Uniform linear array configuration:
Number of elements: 64
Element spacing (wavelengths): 1
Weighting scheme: binomial
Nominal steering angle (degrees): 60
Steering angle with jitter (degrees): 58.976
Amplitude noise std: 0.05
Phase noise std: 0.05

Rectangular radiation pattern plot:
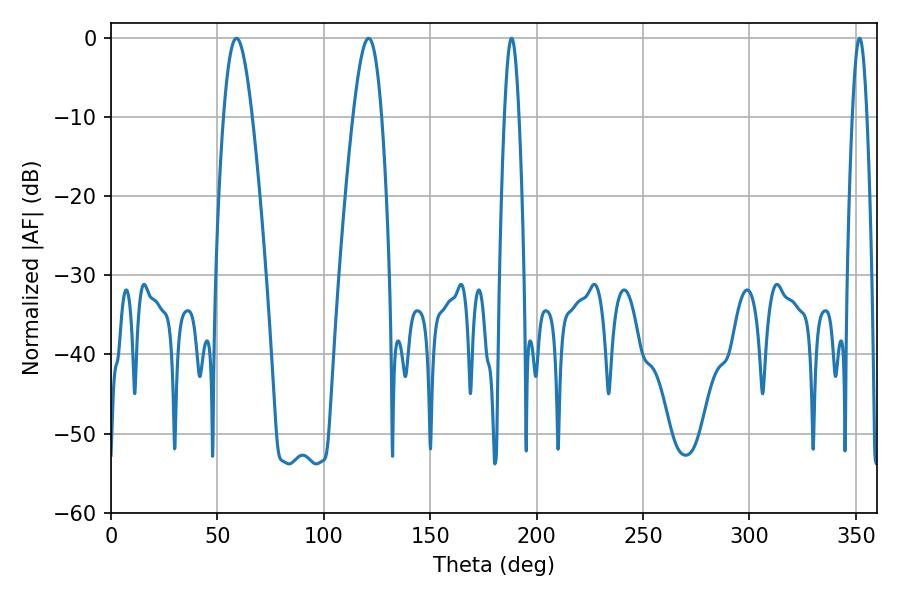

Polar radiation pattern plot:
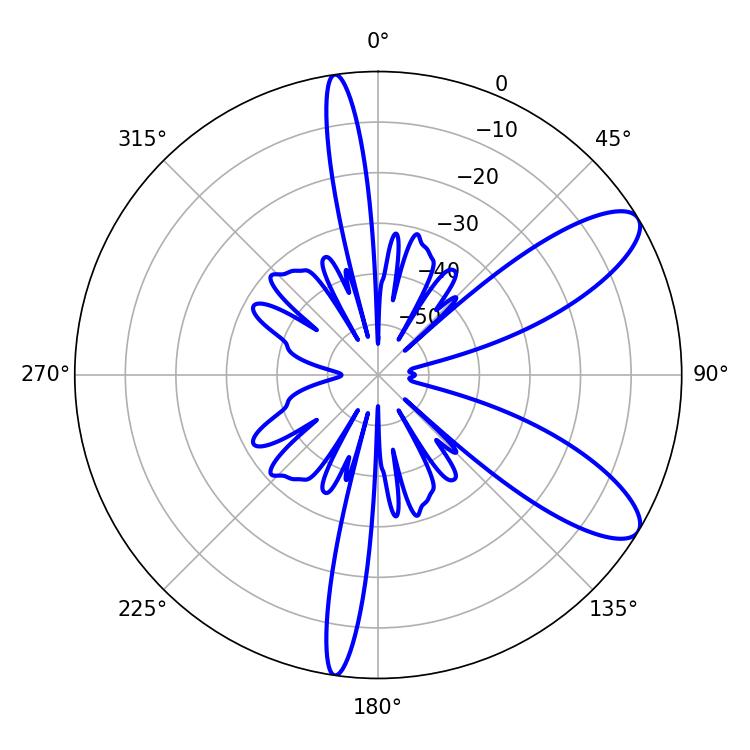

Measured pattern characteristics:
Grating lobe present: TRUE
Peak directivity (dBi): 9.657
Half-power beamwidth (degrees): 3.6
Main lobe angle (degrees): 188.28